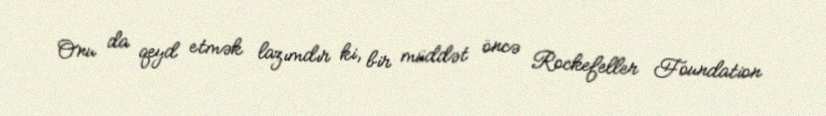
Onu da qeyd etmək lazımdır ki, bir müddət öncə Rockefeller Foundation